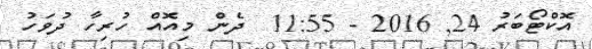
އޮކްޓޯބަރު 24